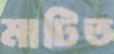
মাটিত